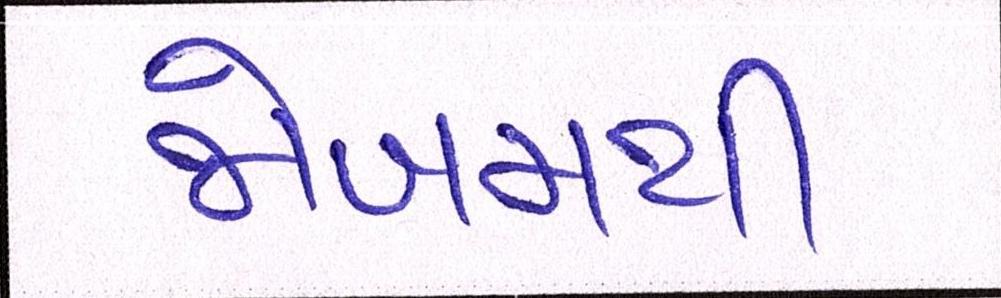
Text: જોખમથી